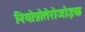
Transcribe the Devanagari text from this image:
नियोप्रोतेरोजोइक